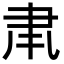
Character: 𮌂